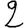
Digit: 2